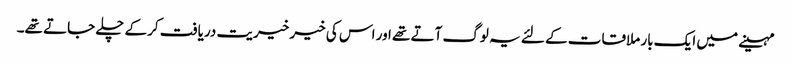
مہینے میں ایک بار ملاقات کے لئے یہ لوگ آتے تھے اور اس کی خیر خیریت دریافت کرکے چلے جاتے تھے۔